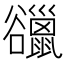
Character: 䜲